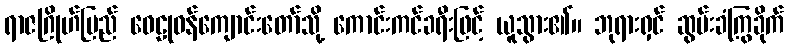
ရာဇဂြိုဟ်ပြည် ဝေဠုဝန်ကျောင်းတော်သို့ ကောင်းကင်ခရီးဖြင့် ယူသွား၏။ ဘုရားရှင် ဆွမ်းခံကြွခိုက်